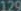
129